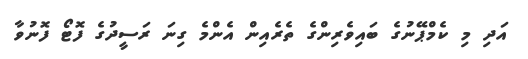
އަދި މި ކެމްޕޭނުގެ ބައިވެރިންގެ ތެރެއިން އެންމެ ގިނަ ރަސީދުގެ ފޮޓޯ ފޮނުވާ